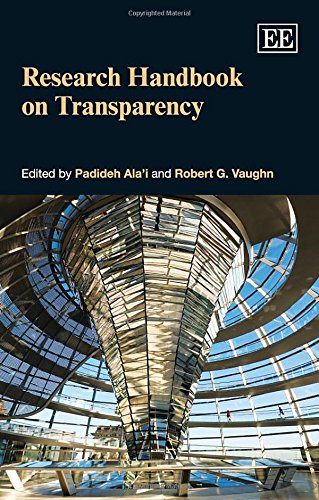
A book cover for Research Handbook on Transparency (Elgar Original Reference); Padideh Ala'i; Law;